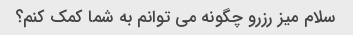
سلام میز رزرو چگونه می توانم به شما کمک کنم؟